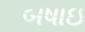
બષાઇ